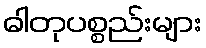
ဓါတုပစ္စည်းများ